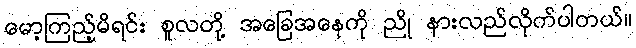
မော့ကြည့်မိရင်း စူလတို့ အခြေအနေကို ညို နားလည်လိုက်ပါတယ်။